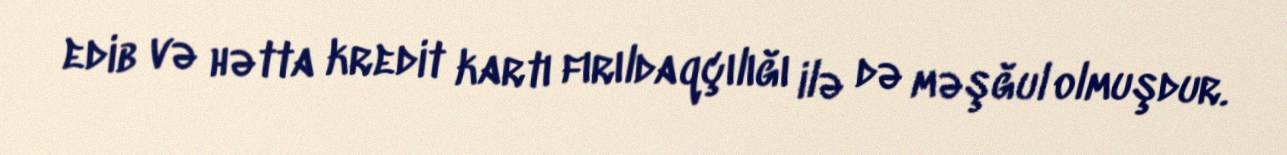
edib və hətta kredit kartı fırıldaqçılığı ilə də məşğul olmuşdur.